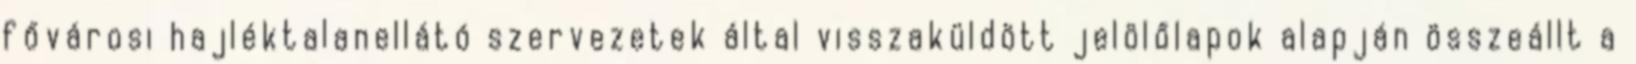
fővárosi hajléktalanellátó szervezetek által visszaküldött jelölőlapok alapján összeállt a